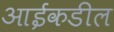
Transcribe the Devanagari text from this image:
आईकडील